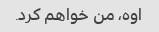
اوه، من خواهم کرد.